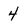
Character: 4